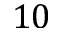
1 0